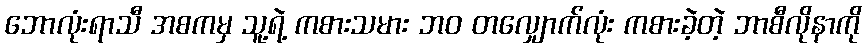
ဘောလုံးရာသီ အစကမှ သူ့ရဲ့ ကစားသမား ဘဝ တလျှောက်လုံး ကစားခဲ့တဲ့ ဘာစီလိုနာကို